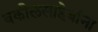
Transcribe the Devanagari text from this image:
वकीलसाहेबांना